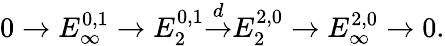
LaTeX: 0\to E_{\infty}^{0,1}\to E_{2}^{0,1}{\overset{d}{\to}}E_{2}^{2,0}\to E_{\infty}^{2,0}\to 0.